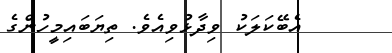
އެބޭކަލަކު ވިދާޅުވިއެވެ. ތިޔަބައިމީހުންގެ